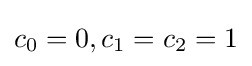
c_{0}=0,c_{1}=c_{2}=1